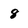
Character: 8